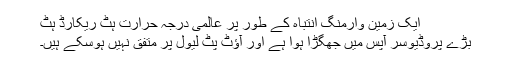
ایک زمین وارمنگ انتباہ کے طور پر عالمی درجہ حرارت ہٹ ریکارڈ ہٹ
بڑے پروڈیوسر آپس میں جھگڑا ہوا ہے اور آؤٹ پٹ لیول پر متفق نہیں ہوسکے ہیں۔